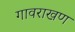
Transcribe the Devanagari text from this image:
गावराखण